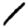
Digit: 1